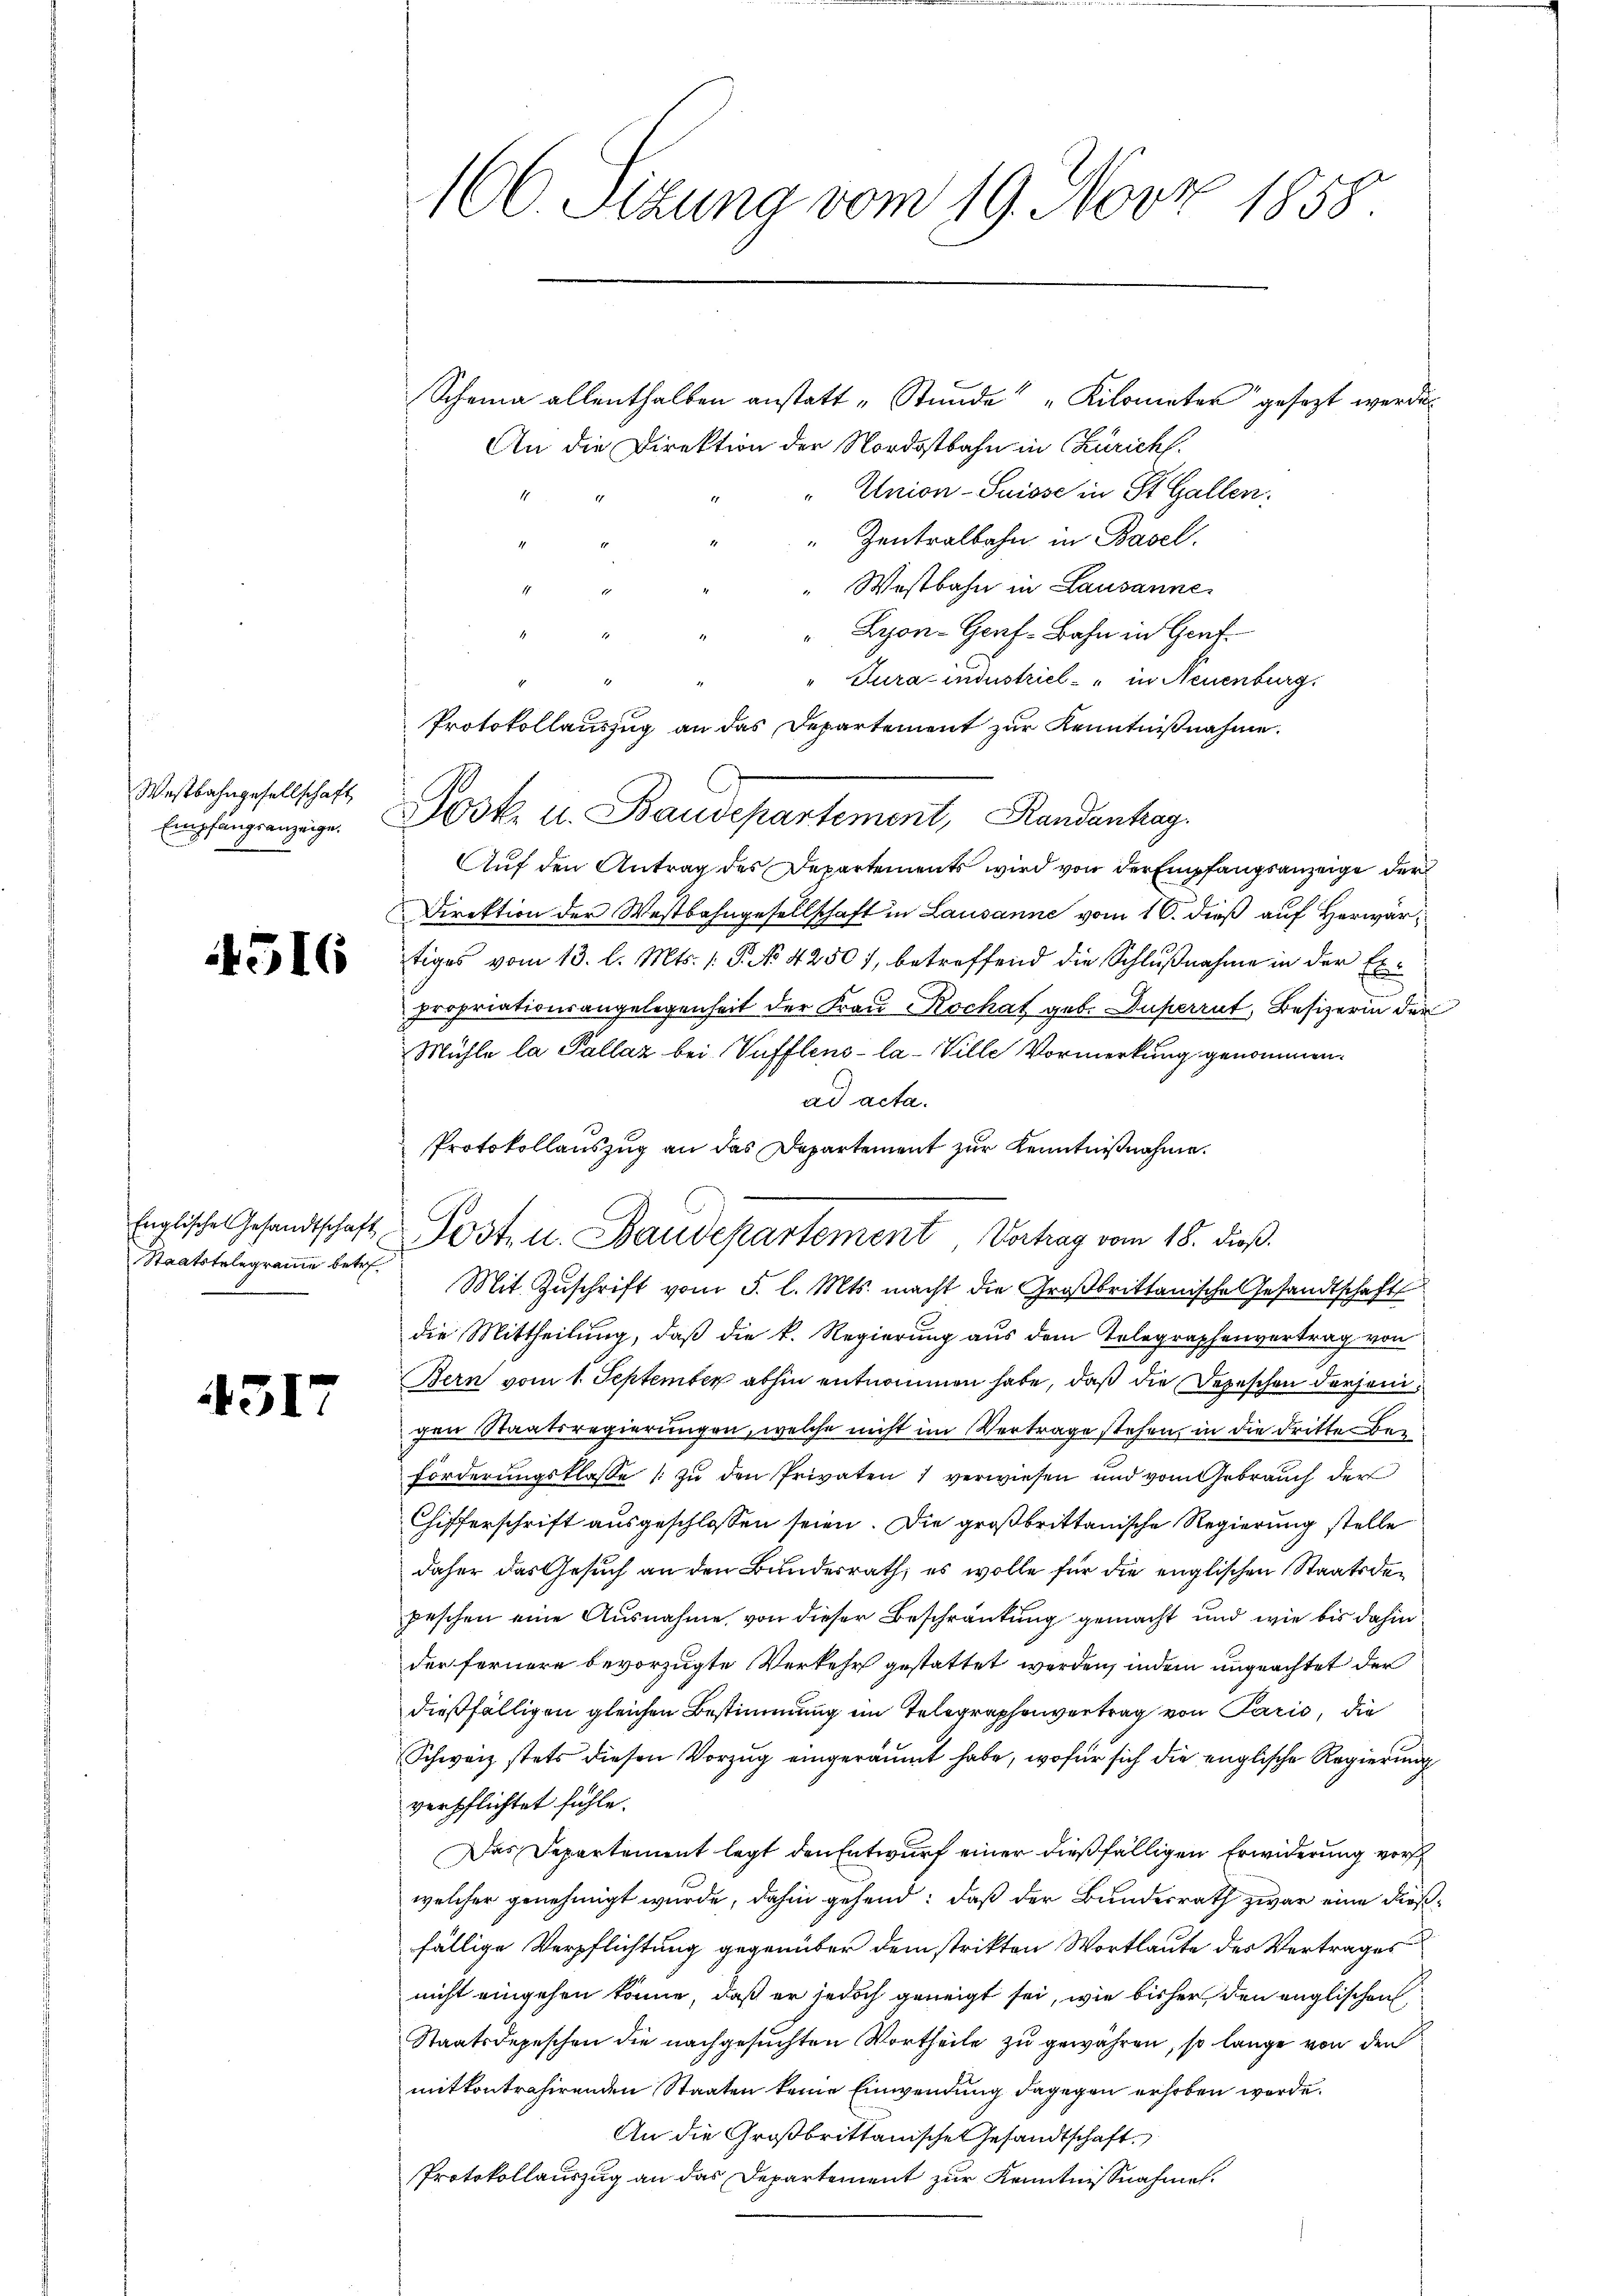
Westbahngesellschaft
Empfangsanzeige.

4516

Staatstelegramme betr.

4317

Scheina allenthalben anstatt „Stŭnde" "Kilometer gesezt werde
An die Direktion der Nordostbahn in Zürich
"Union-Suisse in St. Gallen.
 Zentralbahn in Basel.
"Westbahn in Lausanne
" Lyon-Gerf-Bahn in Gent
.
" Turacindustriel - " in Neuenburg.
Protokollauszug an das Departement zur Kenntnißnahme.
Josk. u. Baudepartement, Randanhag
Auf den Antrag des Departements wird von der Empfangsanzeige der
Direktion der Westbahngesellschaft in Lausanne vom 16. dieß auf Herwärtiges vom 13. l. Mts. 1. P. No. 42507, betreffend die Schlußnahme in der Expropriationsangelegenheit der Frau Kochat geb. Superrut, Besizerin der
Mühle la Pallaz bei Pufflens- la-Ville Vormerkung genommen.
ad acta.
Protokollauszug an das Departement zur Kenntnißnahme.
Mit Zuschrift vom 5. l. Mts. macht die Großbrittanische Gesandtschaft
die Mittheilung, daß die k. Regierung aus dem Telegraphenvertrag von
Bern vom 1. September abhin entnommen habe, daß die Depeschen Dorfen,
gen Staatsregierungen, welche nicht im Vertrage stehen, in die dritte Beforderungsklasse zu den Privaten 1 verwiesen und vom Gebrauch der
Chifferschrift ausgeschlossen seien. Die großbrittanische Regierung stelle
daher das Gesuch an den Bundesrath, es wolle für die englischen Staatsdepeschen eine Ausnahme von dieser Beschränkung gemacht und wie bis dahin
der fernere bevorzugte Verkehr gestattet werden, indem ungeachtet der
dießfälligen gleichen Bestimmung im Telegraphenvertrag von Paris, die
Schweiz stets diesen Vorzug eingeräumt habe, wofür sich die englische Regierung
verpflichtet fühle.
Das Departement legt den Entwurf einer dießfälligen Erwiderung vors
welcher genehmigt wurde, dahin gehend: daß der Bundesrath zwar eine dießfällige Verpflichtung gegenüber dem strikten Wortlaute des Vertrages
nicht eingehen könne, daß er jedoch geneigt sei, wie bisher den englischen
Staatsdepeschen die nachgesuchten Vortheile zu gewähren, so lange von den
mitkontrahirenden Staaten keine Einwendung dagegen erhoben werde.
An die Großbrittanische Gesandtschaft
Protokollauszug an das Departement zur Kenntnisnahmen.

100. Sizung vom 19. Novz 1858.

Englische Gesandtschaft Post- u. Baudepartement Vortrag vom 18. dieß.